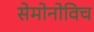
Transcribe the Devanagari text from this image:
सेमोनोविच